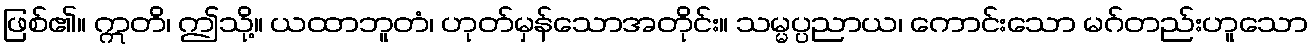
ဖြစ်၏။ ဣတိ၊ ဤသို့။ ယထာဘူတံ၊ ဟုတ်မှန်သောအတိုင်း။ သမ္မပ္ပညာယ၊ ကောင်းသော မဂ်တည်းဟူသော